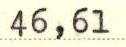
46,61